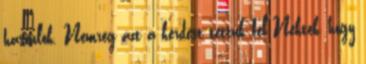
hasonlók. Nemrég azt a kérdést tettük fel Nektek, hogy